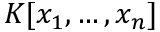
K [ x _ { 1 } , \ldots , x _ { n } ]